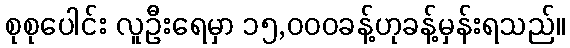
စုစုပေါင်း လူဦးရေမှာ ၁၅,၀၀၀ခန့်ဟုခန့်မှန်းရသည်။